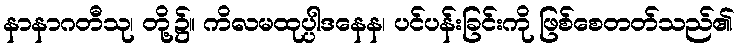
နာနာဂတီသု၊ တို့၌။ ကိလမထုပ္ပါဒနေန၊ ပင်ပန်းခြင်းကို ဖြစ်စေတတ်သည်၏